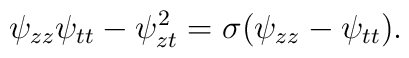
\psi_{zz}\psi_{tt}-\psi_{zt}^2 =\sigma(\psi_{zz}-\psi_{tt}).